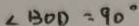
\angle B O D = 9 0 ^ { \circ }